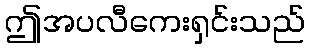
ဤအပလီကေးရှင်းသည်